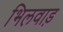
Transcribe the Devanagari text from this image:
भिलवाड़